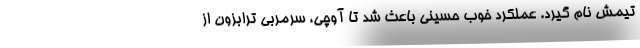
تیمش نام گیرد. عملکرد خوب حسینی باعث شد تا آوچی، سرمربی ترابزون از